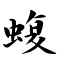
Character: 蝮